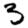
Digit: 3